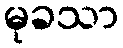
မုခသာ